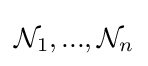
{\mathcal {N}}_{1},...,{\mathcal {N}}_{n}